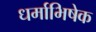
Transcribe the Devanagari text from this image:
धर्माभिषेक